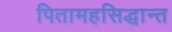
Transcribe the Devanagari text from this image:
पितामहसिद्धान्त